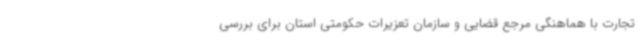
تجارت با هماهنگی مرجع قضایی و سازمان تعزیرات حکومتی استان برای بررسی